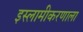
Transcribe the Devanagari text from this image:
इस्लामीकरणाला